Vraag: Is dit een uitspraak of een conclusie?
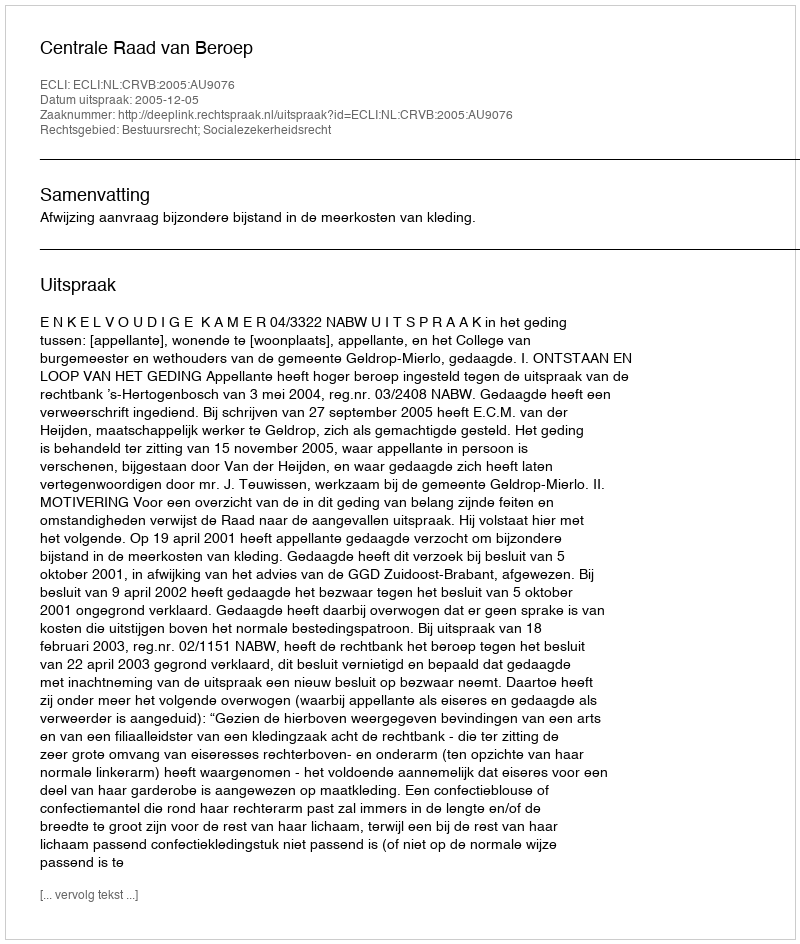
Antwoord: Uitspraak